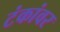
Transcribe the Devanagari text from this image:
टंकांवर